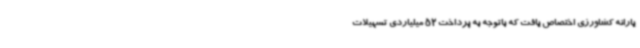
یارانه کشاورزی اختصاص یافت که باتوجه به پرداخت 52 میلیاردی تسهیلات